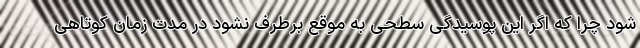
شود چرا که اگر این پوسیدگی سطحی به موقع برطرف نشود در مدت زمان کوتاهی